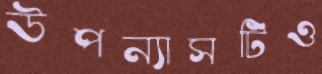
উপন্যাসটিও